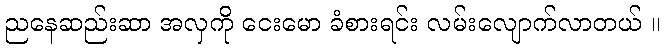
ညနေဆည်းဆာ အလှကို ငေးမော ခံစားရင်း လမ်းလျောက်လာတယ် ။